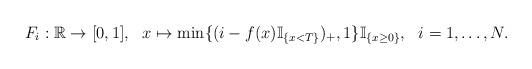
LaTeX: \begin{align*}F_i:\mathbb R \to [0,1], ~~ x\mapsto \min\{(i-f(x)\mathbb I_{\{x<T\}})_+, 1\}\mathbb I_{\{x\geq 0\}},~~i=1,\dots,N.\end{align*}